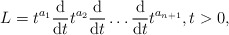
\begin{align*}L= t^{a_1}\frac{\mathrm{d}}{\mathrm{d}t}t^{a_2}\frac{\mathrm{d}}{\mathrm{d}t}\dots\frac{\mathrm{d}}{\mathrm{d}t}t^{a_{n+1}},t>0,\end{align*}